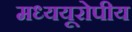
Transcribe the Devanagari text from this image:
मध्ययूरोपीय